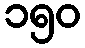
၁၅၀